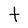
Character: t